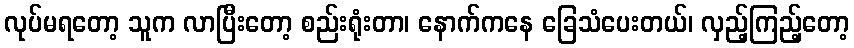
လုပ်မရတော့ သူက လာပြီးတော့ စည်းရုံးတာ၊ နောက်ကနေ ခြေသံပေးတယ်၊ လှည့်ကြည့်တော့